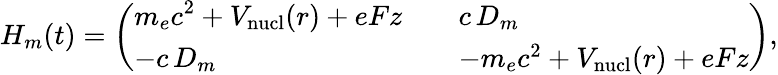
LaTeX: H_{m}(t)=\left(\begin{array}{ll}{\displaystyle m_{e}c^{2}+V_{\mathrm{nucl}}(r)+eFz\quad}&{c\, D_{m}}\\ {-c\, D_{m}}&{-m_{e}c^{2}+V_{\mathrm{nucl}}(r)+eFz}\end{array}\right),